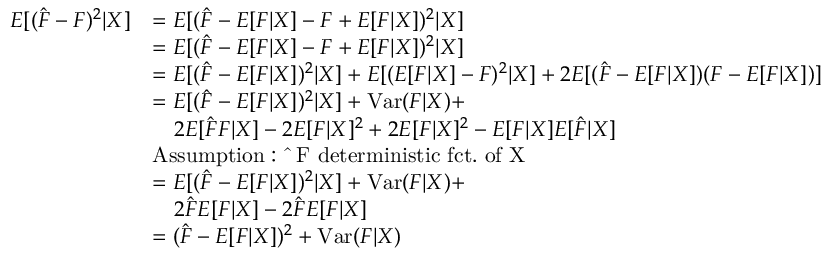
\begin{array} { r l } { E [ ( \hat { F } - F ) ^ { 2 } | X ] } & { = E [ ( \hat { F } - E [ F | X ] - F + E [ F | X ] ) ^ { 2 } | X ] } \\ & { = E [ ( \hat { F } - E [ F | X ] - F + E [ F | X ] ) ^ { 2 } | X ] } \\ & { = E [ ( \hat { F } - E [ F | X ] ) ^ { 2 } | X ] + E [ ( E [ F | X ] - F ) ^ { 2 } | X ] + 2 E [ ( \hat { F } - E [ F | X ] ) ( F - E [ F | X ] ) ] } \\ & { = E [ ( \hat { F } - E [ F | X ] ) ^ { 2 } | X ] + \mathrm { V a r } ( F | X ) + } \\ & { \quad 2 E [ \hat { F } F | X ] - 2 E [ F | X ] ^ { 2 } + 2 E [ F | X ] ^ { 2 } - E [ F | X ] E [ \hat { F } | X ] } \\ & { \mathrm { A s s u m p t i o n : ~ \hat { ~ } F ~ d e t e r m i n i s t i c ~ f c t . ~ o f ~ X ~ } } \\ & { = E [ ( \hat { F } - E [ F | X ] ) ^ { 2 } | X ] + \mathrm { V a r } ( F | X ) + } \\ & { \quad 2 \hat { F } E [ F | X ] - 2 \hat { F } E [ F | X ] } \\ & { = ( \hat { F } - E [ F | X ] ) ^ { 2 } + \mathrm { V a r } ( F | X ) } \end{array}